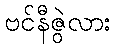
ဗင်နီဇွဲလား